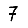
Digit: 7